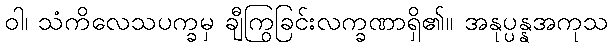
ဝါ၊ သံကိလေသပက္ခမှ ချီကြွခြင်းလက္ခဏာရှိ၏။ အနုပ္ပန္နအကုသ